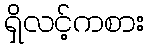
ရှိလင့်ကစား